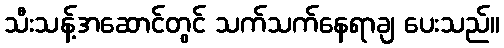
သီးသန့်အဆောင်တွင် သက်သက်နေရာချ ပေးသည်။